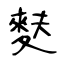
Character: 麩